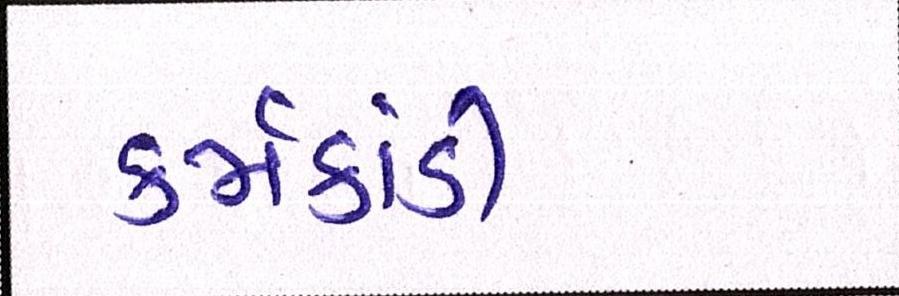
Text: કર્મકાંડી